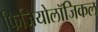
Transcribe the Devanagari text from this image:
फिजियोलॉजिकल